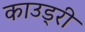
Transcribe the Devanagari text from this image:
काउड्री